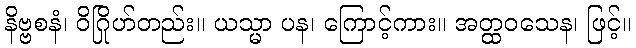
နိဗ္ဗစနံ၊ ဝိဂြိုဟ်တည်း။ ယသ္မာ ပန၊ ကြောင့်ကား။ အတ္ထဝသေန၊ ဖြင့်။